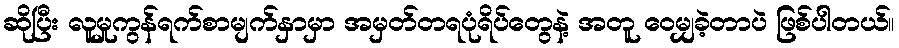
ဆိုပြီး လူမှုကွန်ရက်စာမျက်နှာမှာ အမှတ်တရပုံရိပ်တွေနဲ့ အတူ ဝေမျှခဲ့တာပဲ ဖြစ်ပါတယ်။